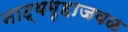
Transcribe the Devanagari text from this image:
नाट्यगृहाजवळ